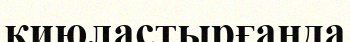
қиюластырғанда